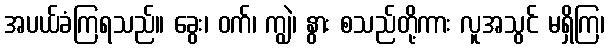
အပယ်ခံကြရသည်။ ခွေး၊ ဝက်၊ ကျွဲ၊ နွား စသည်တို့ကား လူအသွင် မရှိကြ၊